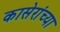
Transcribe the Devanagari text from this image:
कासेरांच्या